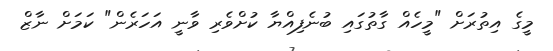
މީގެ އިތުރަށް "މީހެއް ގާތުގައި ބުނެފިއްޔާ ކުށްވެރި ވާނީ އަހަރެން" ކަމަށް ނާޒް